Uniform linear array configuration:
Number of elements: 16
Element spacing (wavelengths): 0.5
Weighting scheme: uniform
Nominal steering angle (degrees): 45
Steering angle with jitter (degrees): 45.916
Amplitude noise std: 0.05
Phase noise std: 0.05

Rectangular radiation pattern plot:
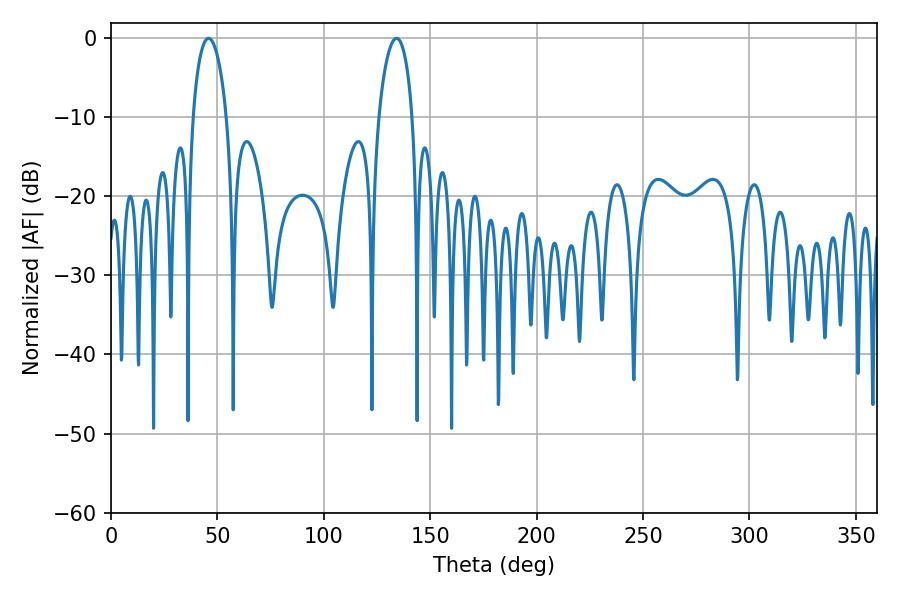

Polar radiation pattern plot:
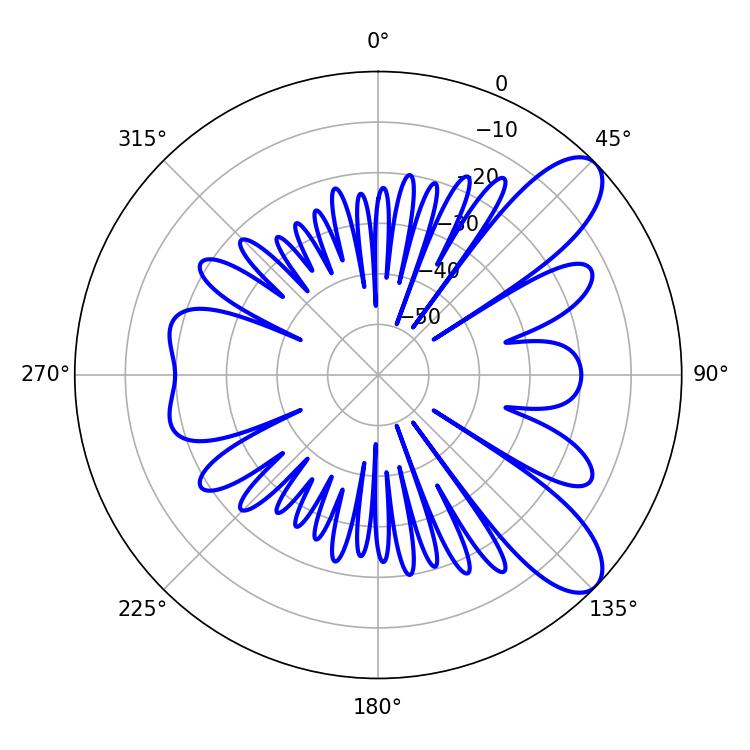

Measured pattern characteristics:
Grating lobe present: FALSE
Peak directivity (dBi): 9.141
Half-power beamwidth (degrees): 9
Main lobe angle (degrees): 45.9